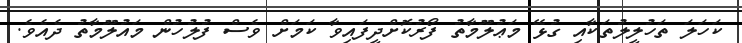
ކަހަލަ ތަހުލީލުތަކާއި ގުޅޭ މަޢުލޫމާތު ފޯރުކޮށްދީފައިވާ ކަމަށް ވެސް ފުލުހުން މައުލޫމާތު ދެއެވެ.